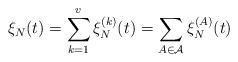
LaTeX: \begin{align*}\xi_N(t)=\sum_{k=1}^v\xi_N^{(k)}(t)=\sum_{A\in\mathcal A}\xi_N^{(A)}(t)\end{align*}